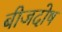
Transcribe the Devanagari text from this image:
बीजदोष